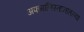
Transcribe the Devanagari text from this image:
अफगाणिस्तानातल्या